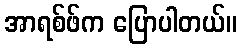
အာရစ်ဖ်က ပြောပါတယ်။